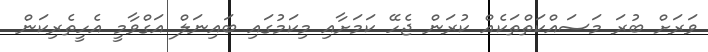
ވަރަށް ބުރަ މަސައްކަތްތަކެއް ކުރަން ޖެހޭ ކަމަށާއި މިކަމުގައި ބައިނަލް އަގްވާމީ އެހީތެރިކަން